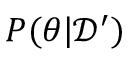
P ( \theta | \mathcal { D } ^ { \prime } )